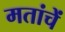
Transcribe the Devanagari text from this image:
मतांचें